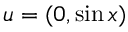
\boldsymbol { u } = ( 0 , \sin x )